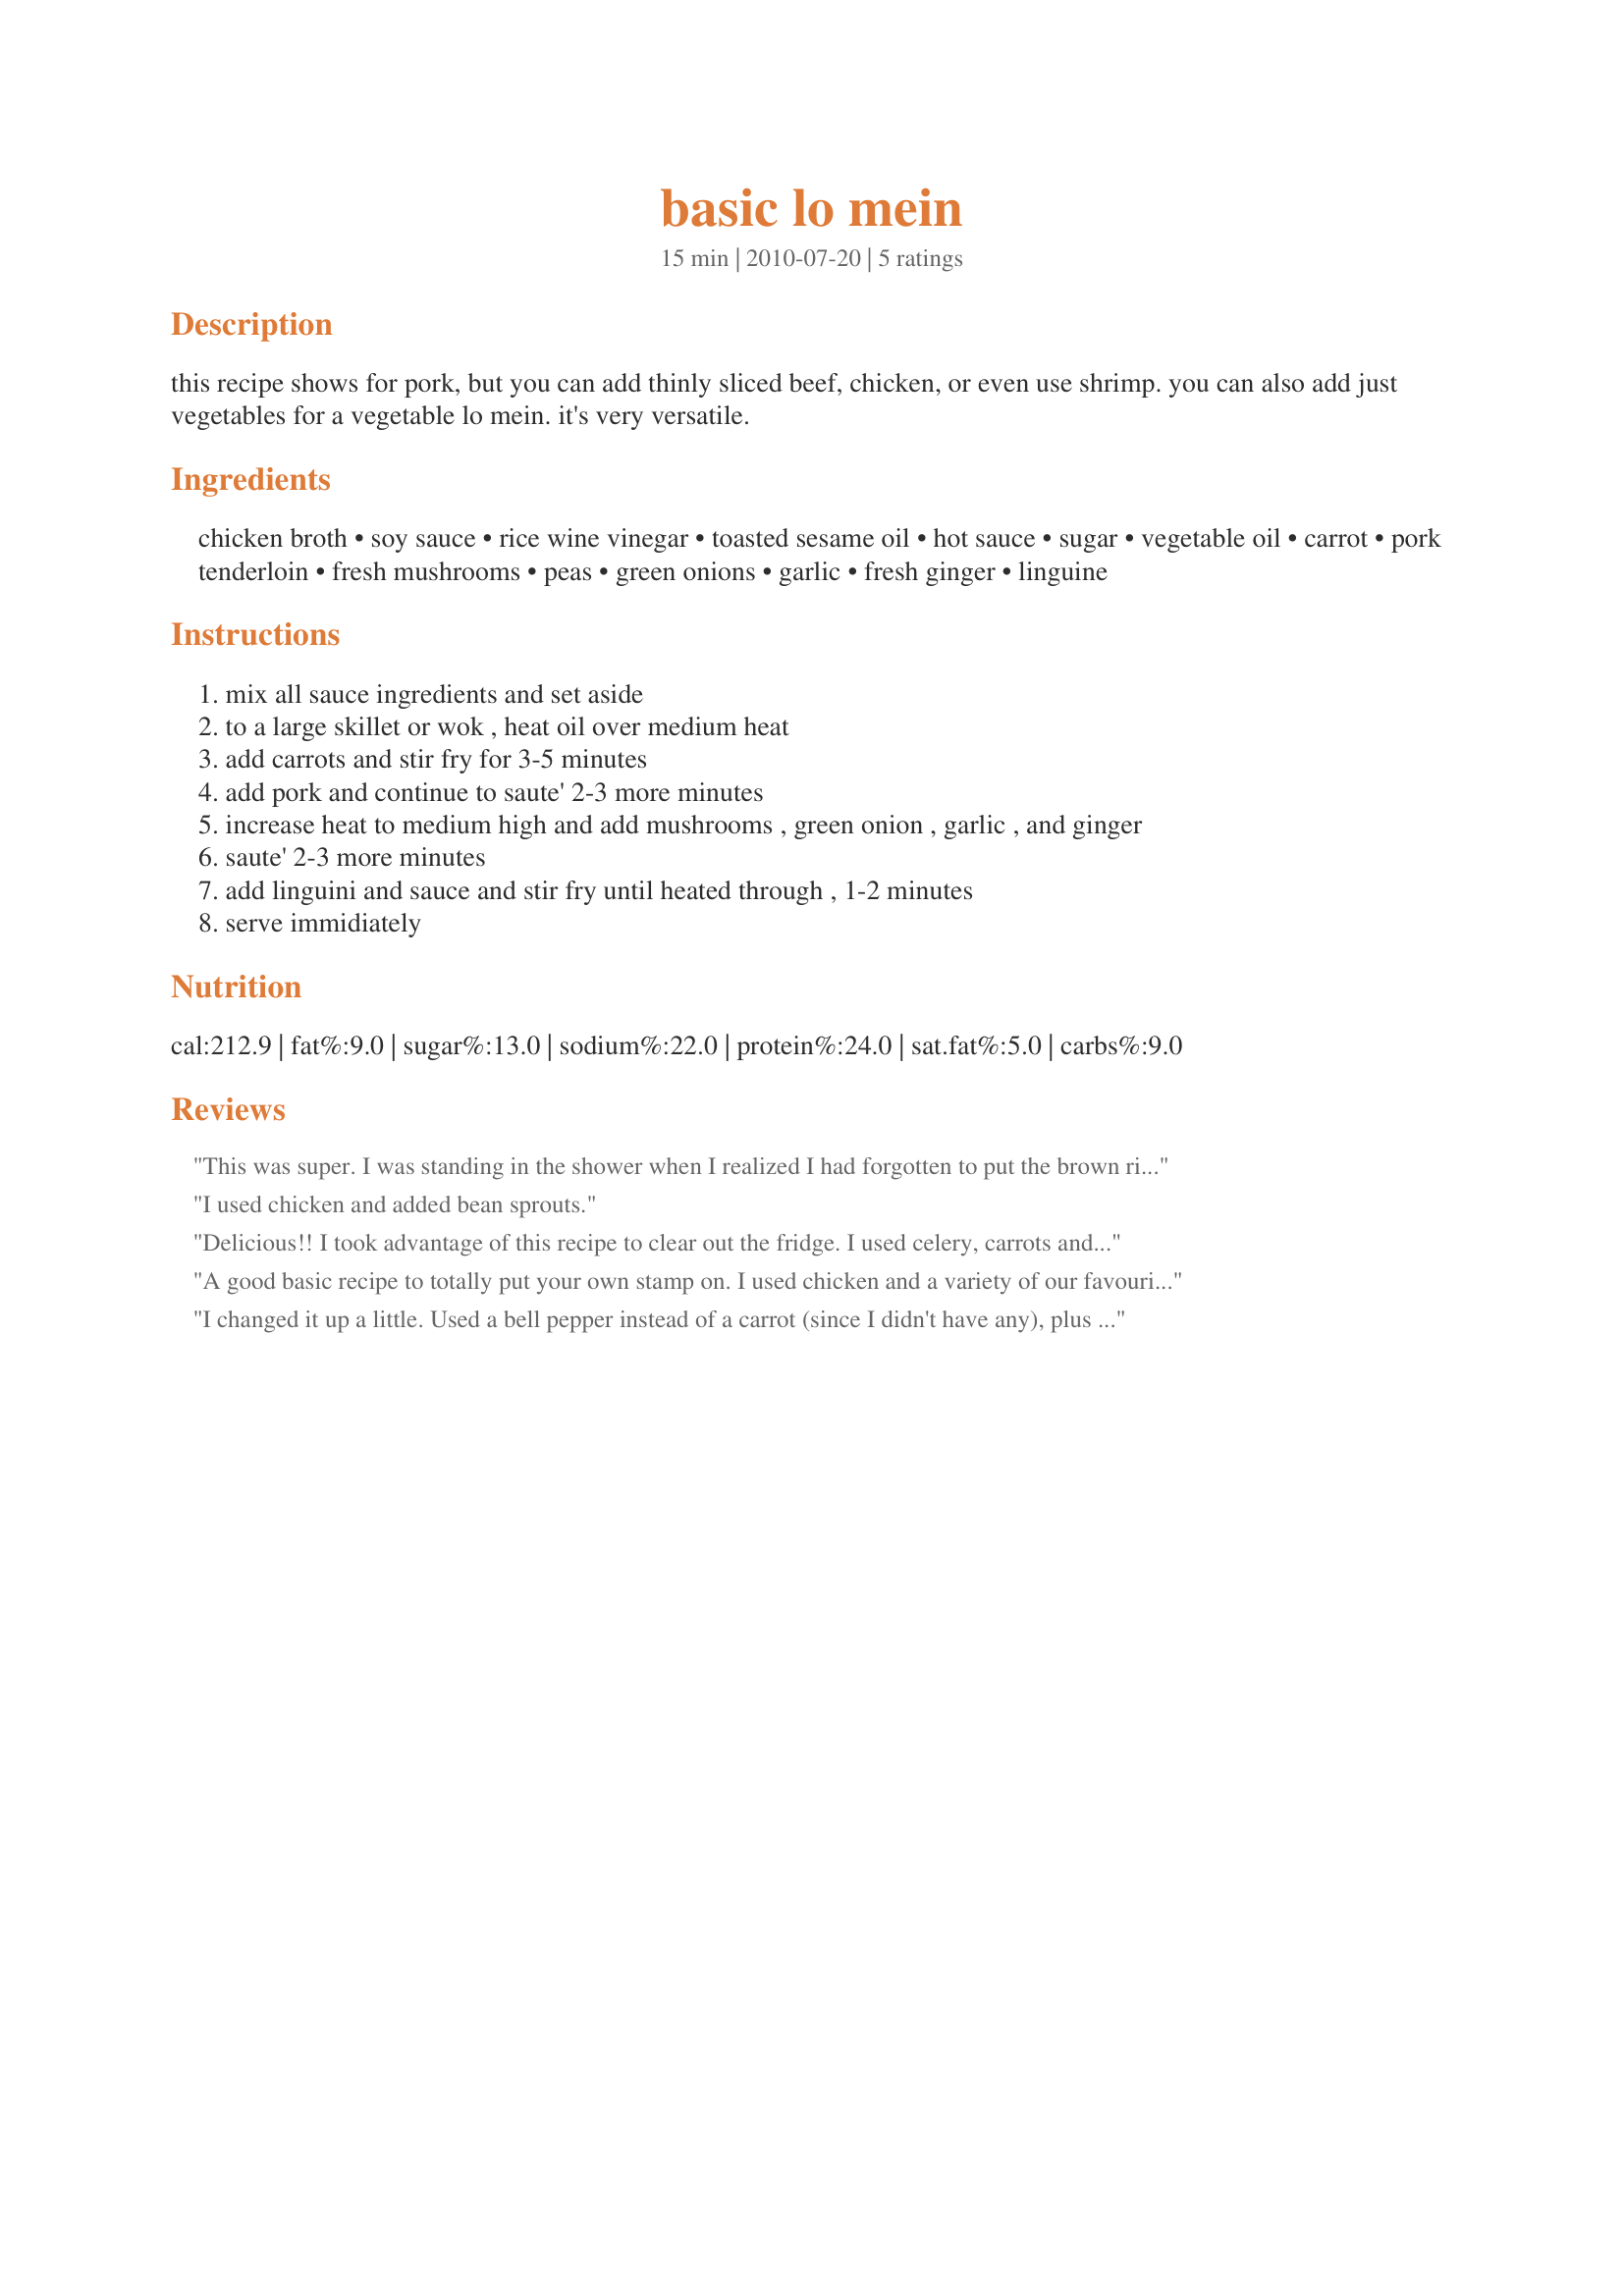
basic lo mein
Preparation time: 15 minutes

this recipe shows for pork, but you can add thinly sliced beef, chicken, or even use shrimp. you can also add just vegetables for a vegetable lo mein. it's very versatile.

Ingredients:
chicken broth, soy sauce, rice wine vinegar, toasted sesame oil, hot sauce, sugar, vegetable oil, carrot, pork tenderloin, fresh mushrooms, peas, green onions, garlic, fresh ginger, linguine

Steps:
mix all sauce ingredients and set aside
to a large skillet or wok , heat oil over medium heat
add carrots and stir fry for 3-5 minutes
add pork and continue to saute' 2-3 more minutes
increase heat to medium high and add mushrooms , green onion , garlic , and ginger
saute' 2-3 more minutes
add linguini and sauce and stir fry until heated through , 1-2 minutes
serve immidiately

Reviews:
This was super. I was standing in the shower when I realized I had forgotten to put the brown rice on... and dinner was quickly approaching. I'd never made lo mein before, but figured it would have to work in a pinch. This was a simple recipe, used ingredients I already had on hand and everyone was thrilled. When you make the sauce up, it looks like there's no way there's going to be enough, but there totally was. Subbed specifics for 2 large chicken breasts and a 10 oz. bag of frozen stir fry veggies.
I used chicken and added bean sprouts.
Delicious!! I took advantage of this recipe to clear out the fridge. I used celery, carrots and pan-seared tofu. I also added a heaping spoon (didn't measure) of Thai garlic chili paste. A keeper! 2Bleu, thanks for the recipe!
A good basic recipe to totally put your own stamp on. I used chicken and a variety of our favourite veggies. I did also mix a little cornflour with water and added it to the sauce in the pan to thicken it slightly, and help it cling to the spaghetti.<br/>Tasty and easy...a good mid week supper solution. <br/>Made for PRMR.
I changed it up a little. Used a bell pepper instead of a carrot (since I didn't have any), plus I used Ancient Grains (gluten-free) Quinoa linguine. Quick and tasty.
